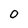
Character: O